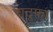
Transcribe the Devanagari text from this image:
राटूफा